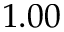
1 . 0 0